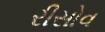
રીસોવ